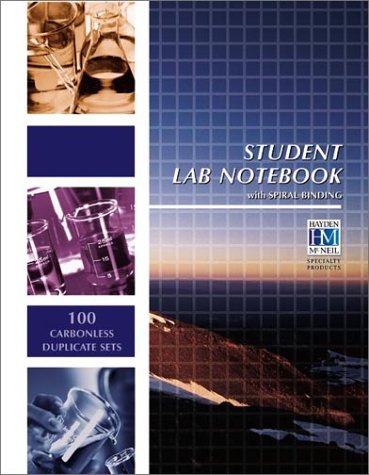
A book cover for Student Lab Notebook: 100 Spiral Bound duplicate pages; Hayden-McNeil Publishers; Science & Math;